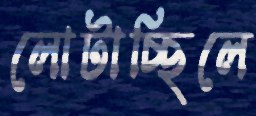
লোটাচ্ছিলে